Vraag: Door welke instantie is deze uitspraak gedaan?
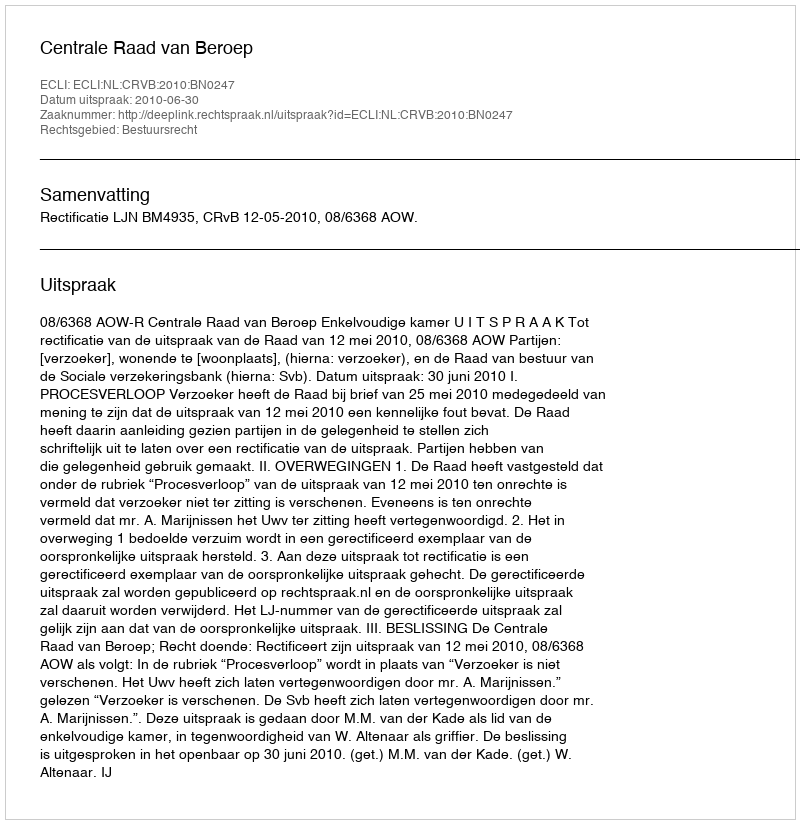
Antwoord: Centrale Raad van Beroep